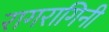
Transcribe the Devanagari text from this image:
रागरागिनी